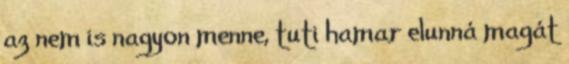
az nem is nagyon menne, tuti hamar elunná magát